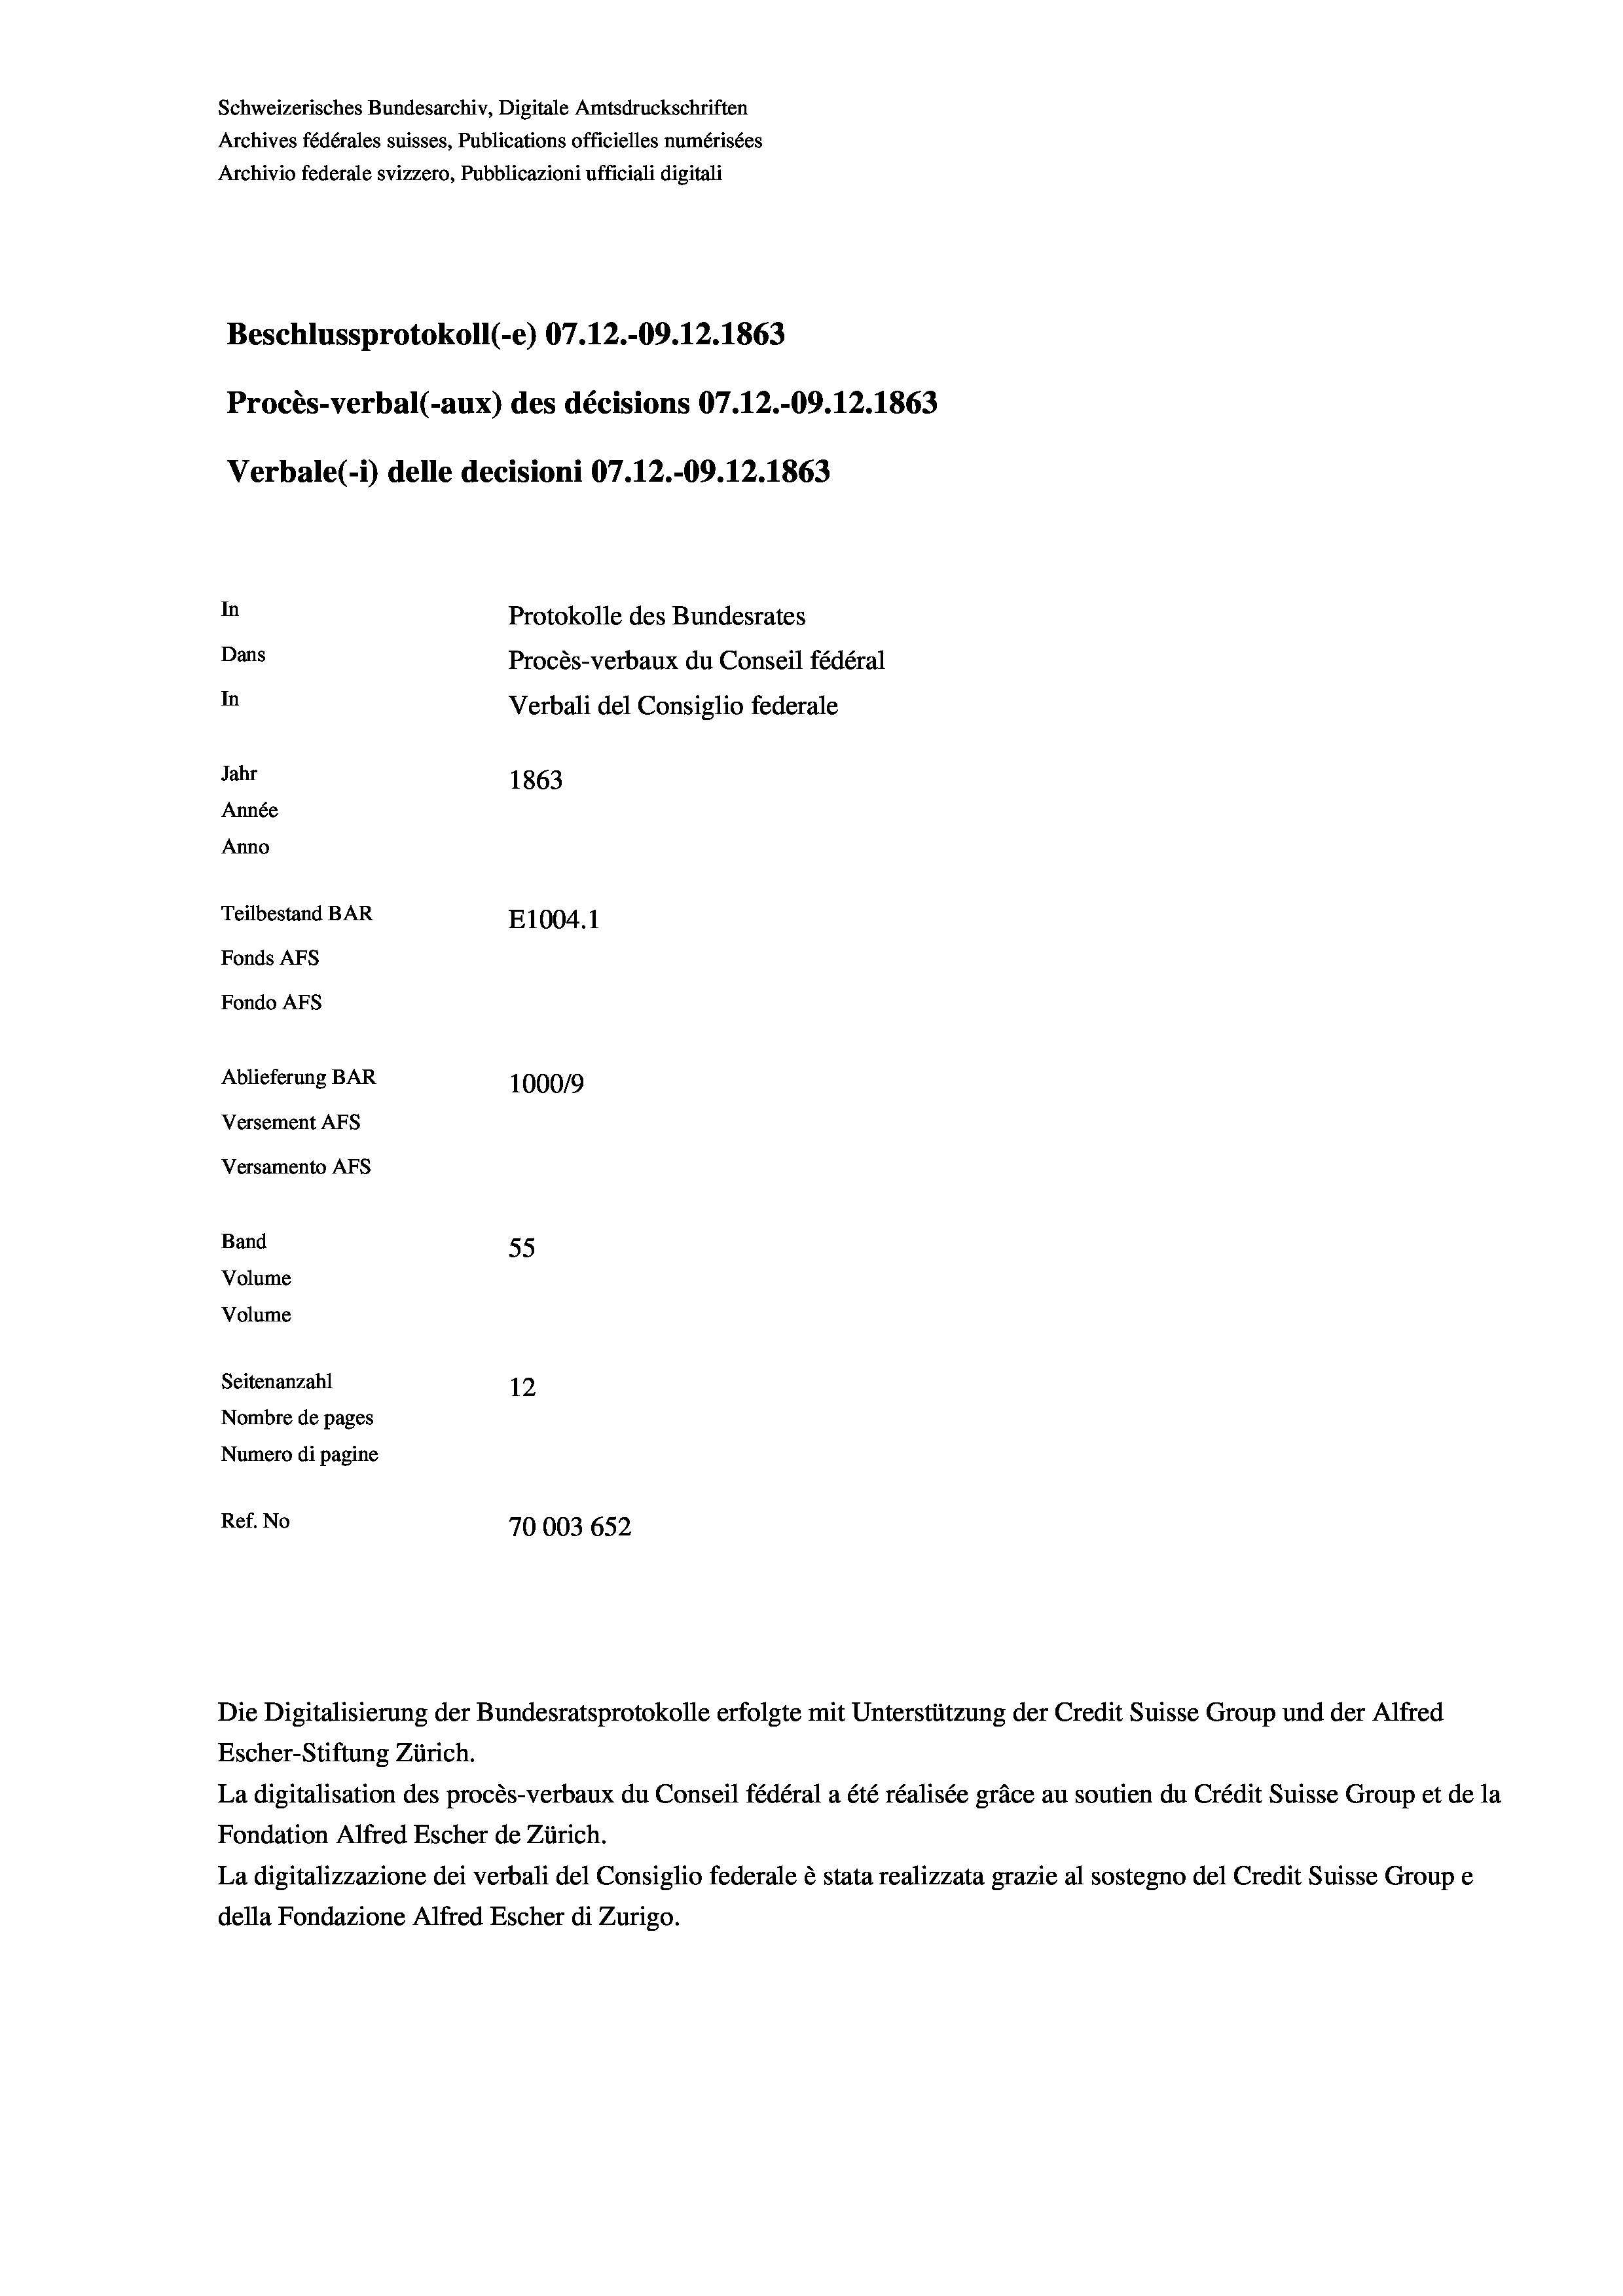
Schweizerisches Bundesarchiv, Digitale Amtsdruckschriften
Archives fédérales suisses, Publications officielles numérisées
Archivio federale svizzero, Pubblicazioni ufficiali digitali
Beschlussprotokoll (-e) 07.12.-09. 12. 1863
Procès-verbal (-aux) des décisions 07.12.-09. 12. 1863
Verbale (- 1) delle decisioni 07.12.-09. 12. 1863
In
Protokolle des Bundesrates
Dans
Procès-verbaux du Conseil fédéral
In
Verbali del Consiglio federale
Jahr
1863
Année
Anno
Teilbestand BAR
E1004.1
Fonds AFs
Fondo AFS
Ablieferung BAR
100019
Versement As
Versamento AFs
Band

55
Seitenanzahl
12
Nombre de pages
Numero di pagine
Ref. No
70003652

Volume
Volume

Escher-Stiftung Zürich.
La digitalisation des procès-verbaux du Conseil fédéral a été réalisée gräce au soutien du Crédit Suisse Group et de la
Fondation Alfred Escher de Zürich.
La digitalizzazione dei verbali del Consiglio federale è stata realizzata grazie al sostegno del Credit Suisse Groupe
della Fondazione Alfred Escher di Zurigo.

Die Digitalisierung der Bundesratsprotokolle erfolgte mit Unterstützung der Credit Suisse Group und der Alfred